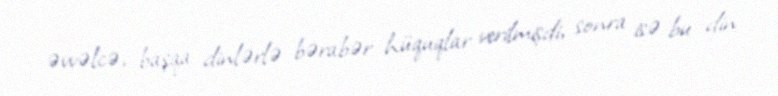
əvvəlcə, başqa dinlərlə bərabər hüquqlar verilmişdi, sonra isə bu din